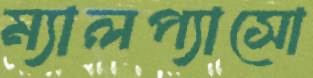
ম্যালপ্যাসো